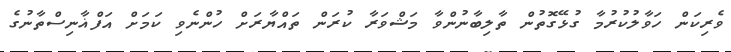
ވެރިކަން ހަވާލުކުރުމާ ގުޅޭގޮތުން ތާލިބާނުންވާ މަޝްވަރާ ކުރަން ތައްޔާރަށް ހުންނެވި ކަމަށް އަފްޣާނިސްތާނުގެ